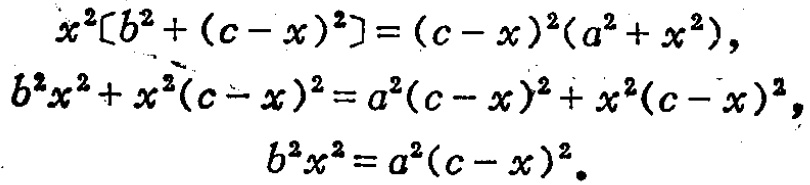
\[
\begin{align*}
x^{2}[b^{2}+(c - x)^{2}]&=(c - x)^{2}(a^{2}+x^{2}),\\
b^{2}x^{2}+x^{2}(c - x)^{2}&=a^{2}(c - x)^{2}+x^{2}(c - x)^{2},\\
b^{2}x^{2}&=a^{2}(c - x)^{2}.
\end{align*}
\]